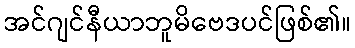
အင်ဂျင်နီယာဘူမိဗေဒပင်ဖြစ်၏။